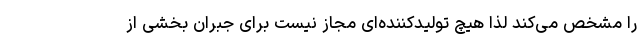
را مشخص می‌کند لذا هیچ تولیدکننده‌ای مجاز نیست برای جبران بخشی از